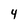
Character: 4